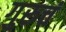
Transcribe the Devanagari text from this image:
गुरुचं